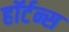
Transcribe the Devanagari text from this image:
हॉर्टन्स